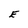
Character: E